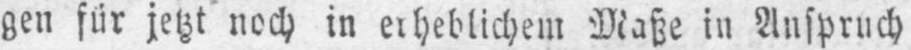
gen für jetzt noch in erheblichem Maße in Anspruch